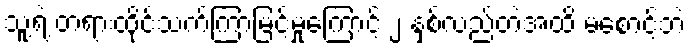
သူ့ရဲ့ တရားထိုင်သက်ကြာမြင့်မှုကြောင့် ၂ နှစ်လည်တဲ့အထိ မစောင့်ဘဲ